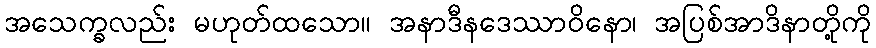
အသေက္ခလည်း မဟုတ်ထသော။ အနာဒီနဒေဿာဝိနော၊ အပြစ်အာဒိနာတို့ကို